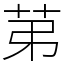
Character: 苐